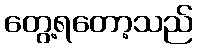
တွေ့ရတော့သည်